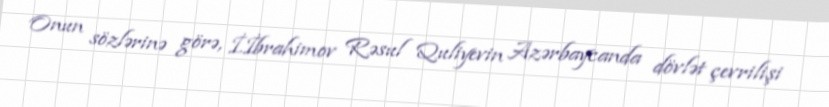
Onun sözlərinə görə, İ.İbrahimov Rəsul Quliyevin Azərbaycanda dövlət çevrilişi